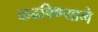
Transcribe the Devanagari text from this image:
कढविण्याने